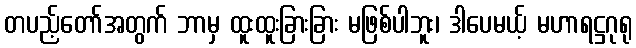
တပည့်တော်အတွက် ဘာမှ ထူးထူးခြားခြား မဖြစ်ပါဘူး၊ ဒါပေမယ့် မဟာရဋ္ဌဂုရု